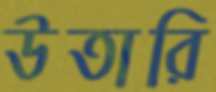
উতারি